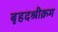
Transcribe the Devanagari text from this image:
बृहदश्रीक्रम